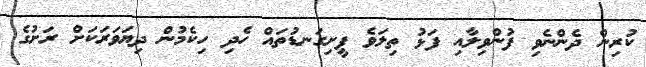
ކުރިން ދެންނެވި ފުންވިލާއި ފަޅު ތިލަވެ ފީށިގަނޑުތައް ހެދި ހިކެމުން ދިޔަވަރަކަށް ރަށުގެ